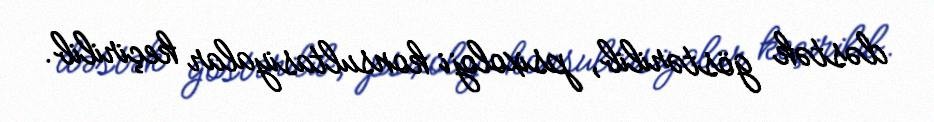
dəstək göstərilib, psixoloji konsultasiyalar keçirilib.